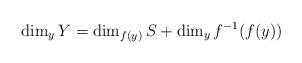
LaTeX: \begin{align*} \dim_y Y = \dim_{f(y)} S + \dim_y f^{-1}(f(y)) \end{align*}